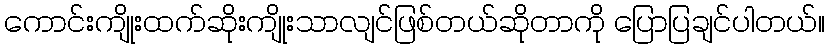
ကောင်းကျိုးထက်ဆိုးကျိုးသာလျင်ဖြစ်တယ်ဆိုတာကို ပြောပြချင်ပါတယ်။